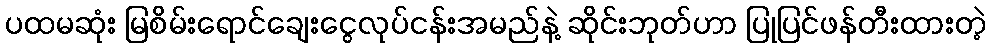
ပထမဆုံး မြစိမ်းရောင်ချေးငွေလုပ်ငန်းအမည်နဲ့ ဆိုင်းဘုတ်ဟာ ပြုပြင်ဖန်တီးထားတဲ့